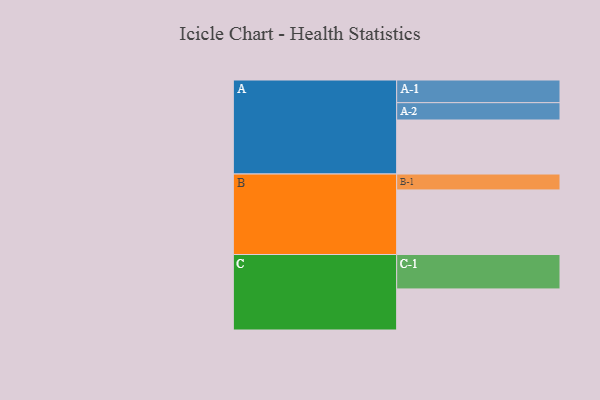
{"axis": {"x": "Segment", "y": "Value"}, "legend": ["", "A", "B", "C"], "data": [{"x": "A", "y": 455, "type": ""}, {"x": "B", "y": 544, "type": ""}, {"x": "C", "y": 346, "type": ""}, {"x": "A-1", "y": 191, "type": "A"}, {"x": "A-2", "y": 146, "type": "A"}, {"x": "B-1", "y": 134, "type": "B"}, {"x": "C-1", "y": 290, "type": "C"}]}